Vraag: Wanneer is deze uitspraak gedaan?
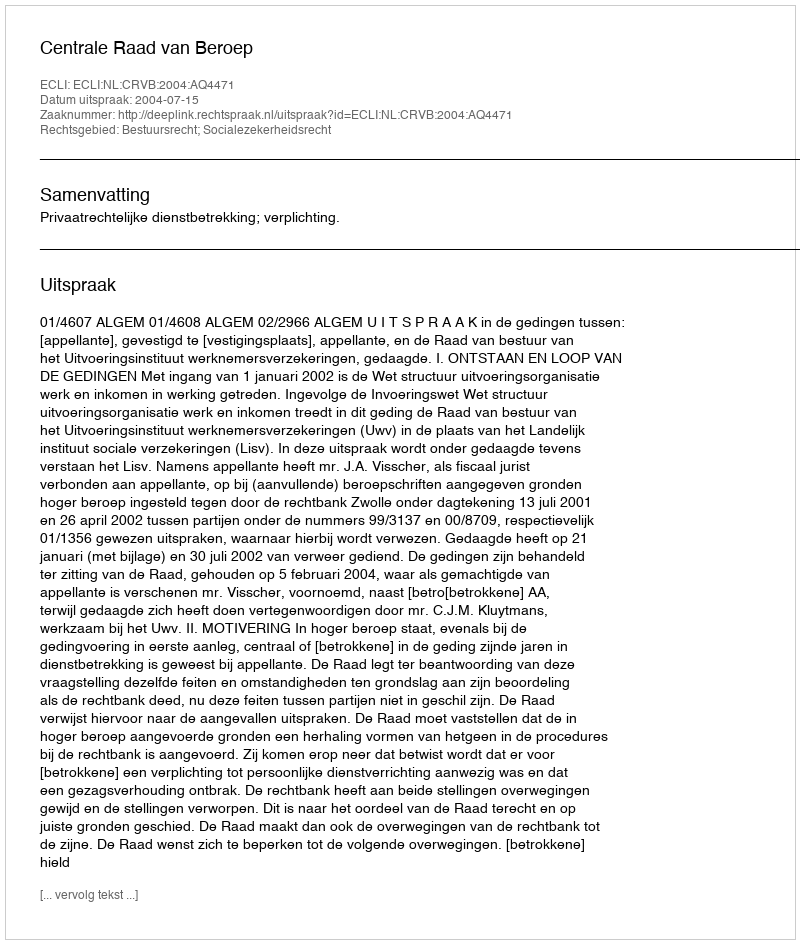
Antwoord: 2004-07-15